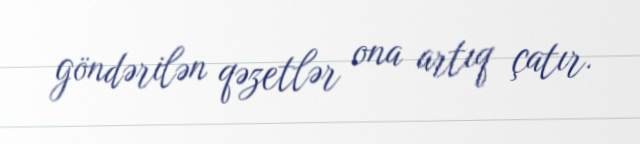
göndərilən qəzetlər ona artıq çatır.